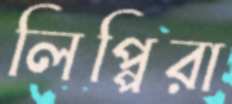
লিপ্পিরা